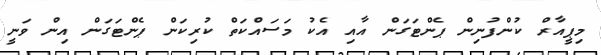
މިޕީއާރް ކުންފުނިން ޕެންޓަގަން އާއި އެކު މަސައްކަތް ކުރިކަން ޕެންޓަގަން އިން ވަނީ